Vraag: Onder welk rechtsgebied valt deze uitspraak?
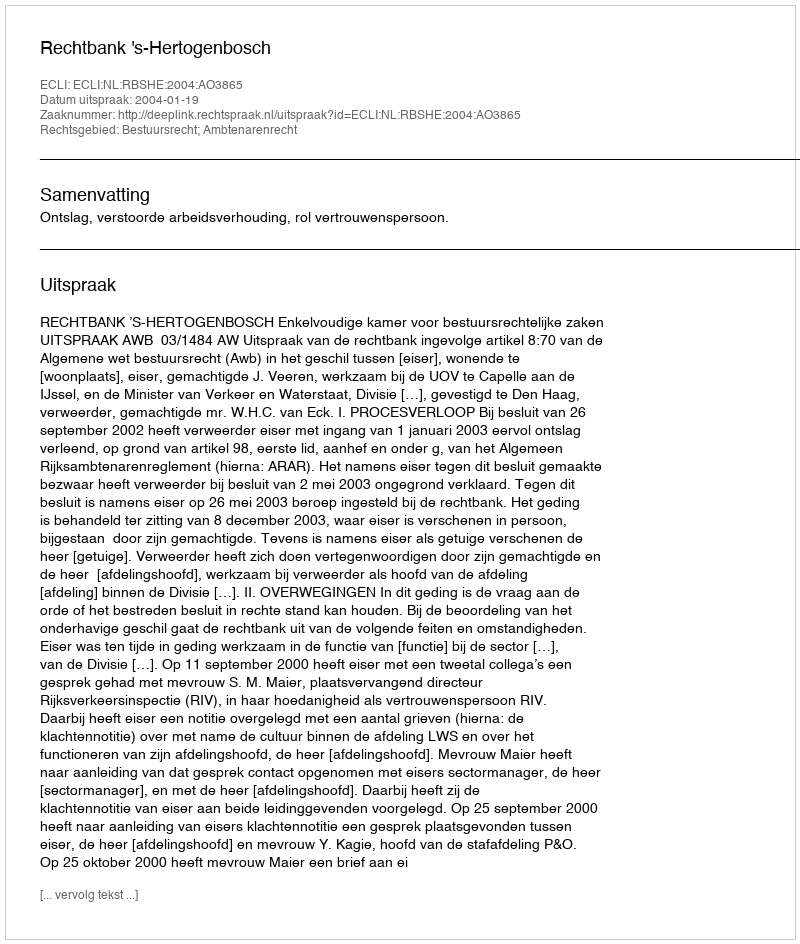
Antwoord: Bestuursrecht; Ambtenarenrecht